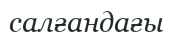
салғандағы